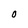
Character: O